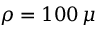
\rho = 1 0 0 \, \mu